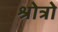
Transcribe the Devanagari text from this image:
श्रोत्रो